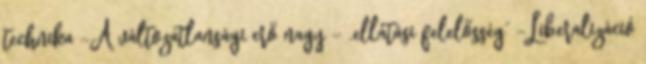
technika -A változatlansági erő nagy – „ellátási felelősség” -Liberalizáció